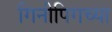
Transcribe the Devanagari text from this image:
गिनीपिगच्या